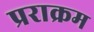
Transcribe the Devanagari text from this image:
प्रराक्रम